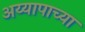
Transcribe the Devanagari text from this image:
अय्यापाच्या